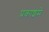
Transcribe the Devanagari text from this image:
प्रकाशमें